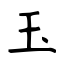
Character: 玉